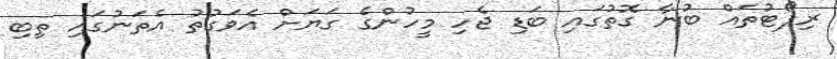
ރިޕޯޓުތައް ބުނާ ގޮތުގައި ބަޑި ޖެހި މީހުންގެ ގަޔަށް އެވަގުތު އެތަނުގައި ތިބި